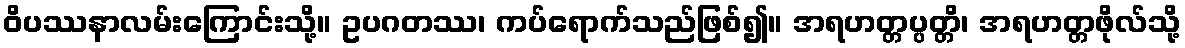
ဝိပဿနာလမ်းကြောင်းသို့။ ဥပဂတဿ၊ ကပ်ရောက်သည်ဖြစ်၍။ အရဟတ္တပ္ပတ္တိ၊ အရဟတ္တဖိုလ်သို့